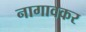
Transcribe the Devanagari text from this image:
नागावकर